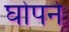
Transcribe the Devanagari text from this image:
घोपने